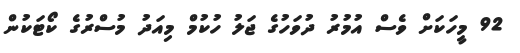
92 މީހަކަށް ވެސް އުމުރު ދުވަހުގެ ޖަލު ހުކުމް މިއަދު މުސްރުގެ ކޯޓަކުން